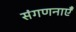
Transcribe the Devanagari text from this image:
संगणनाएँ